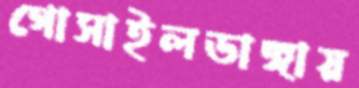
গোসাইলডাঙ্গায়